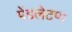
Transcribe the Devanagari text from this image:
पेंडलेटण